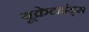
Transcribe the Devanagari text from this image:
यूक्रेटाइंड्स